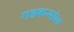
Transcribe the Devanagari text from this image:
गडकऱ्यांचा